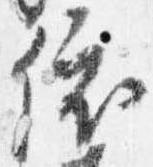
依